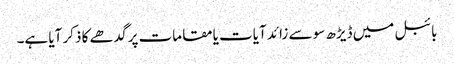
بائبل میں ڈیڑھ سو سے زائد آیات یا مقامات پر گدھے کا ذکر آیا ہے۔